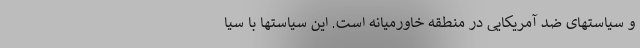
و سیاستهای ضد آمریکایی در منطقه خاورمیانه است. این سیاستها با سیا